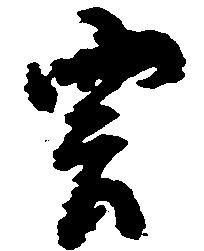
雲